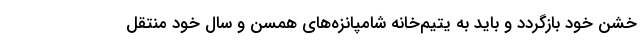
خشن خود بازگردد و باید به یتیم‌خانه شامپانزه‌های همسن ‌و سال خود منتقل